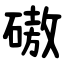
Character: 磝